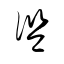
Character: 監